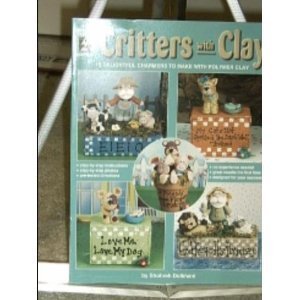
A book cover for Critters With Clay: 13 Delightful Charmers to Make With Polymer Clay; Shohreh Dolkhani; Crafts, Hobbies & Home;